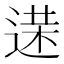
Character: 𨔘